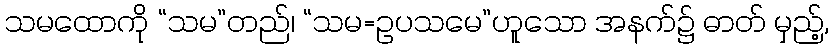
သမထောကို “သမ”တည်၊ “သမ=ဥပသမေ”ဟူသော အနက်၌ ဓာတ် မှည့်,